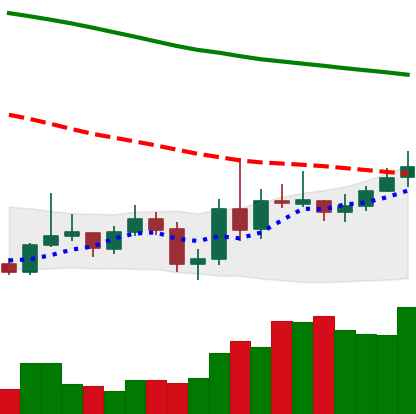
Ticker: XMR-USD
Chart end date: 2019-11-03
Forward return: -4.06%
Label: down_3_5